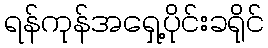
ရန်ကုန်အရှေ့ပိုင်းခရိုင်